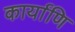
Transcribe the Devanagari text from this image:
कार्याणि